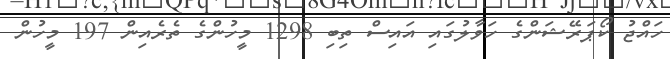
ހައްޖު ކޯޕަރޭޝަންގެ ހަވާލުގައި އައިސް ތިބި 1298 މީހުންގެ ތެރެއިން 197 މީހުން